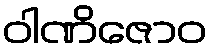
ဝါဏိဇောဝ